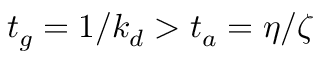
t _ { g } = 1 / k _ { d } > t _ { a } = \eta / \zeta